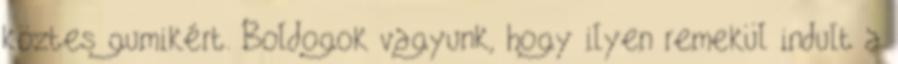
köztes gumikért. Boldogok vagyunk, hogy ilyen remekül indult a